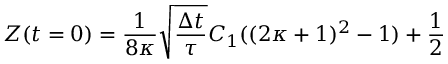
Z ( t = 0 ) = \frac { 1 } { 8 \kappa } \sqrt { \frac { \Delta t } { \tau } } C _ { 1 } ( ( 2 \kappa + 1 ) ^ { 2 } - 1 ) + \frac { 1 } { 2 }